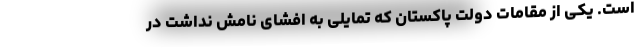
است. یکی از مقامات دولت پاکستان که تمایلی به افشای نامش نداشت در